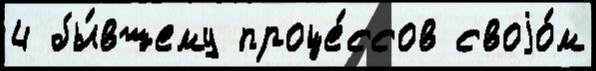
4 бы́вшему проце́ссов своjо́м